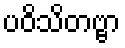
ပဝိသိတဗ္ဗာ